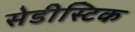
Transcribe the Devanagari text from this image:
सेडीस्टिक